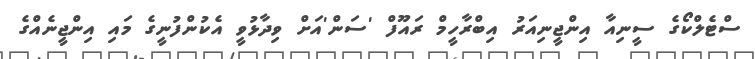
ސްޓެލްކޯގެ ސީނިއާ އިންޖީނިއަރު އިބްރާހީމް ރައޫފް 'ސަން'އަށް ވިދާޅުވީ އެކުންފުނީގެ މައި އިންޖީނެއްގެ